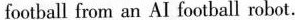
football from an AI football robot.